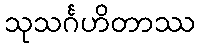
သုသင်္ဂဟိတာဿ